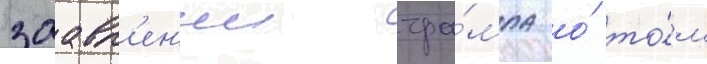
заавл'ен'ии тра́мпа о́ то́м